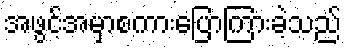
အဖွင့်အမှာစကားပြောကြားခဲ့သည်